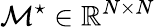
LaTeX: \mathcal{M}^{\star}\in\mathbb{R}^{N\times N}